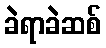
ခဲရာခဲဆစ်